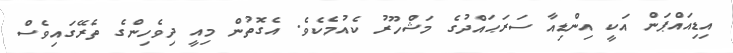
އިޑިއައްޕަން އަކީ އިންޑިއާ ސަރަޙައްދުގެ މަޝްހޫރު ކެއުމެކެވެ. އެގޮތުން މިއީ ދިވެހިންގެ ތެރޭގައިވެސް